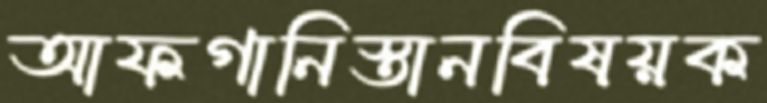
আফগানিস্তানবিষয়ক